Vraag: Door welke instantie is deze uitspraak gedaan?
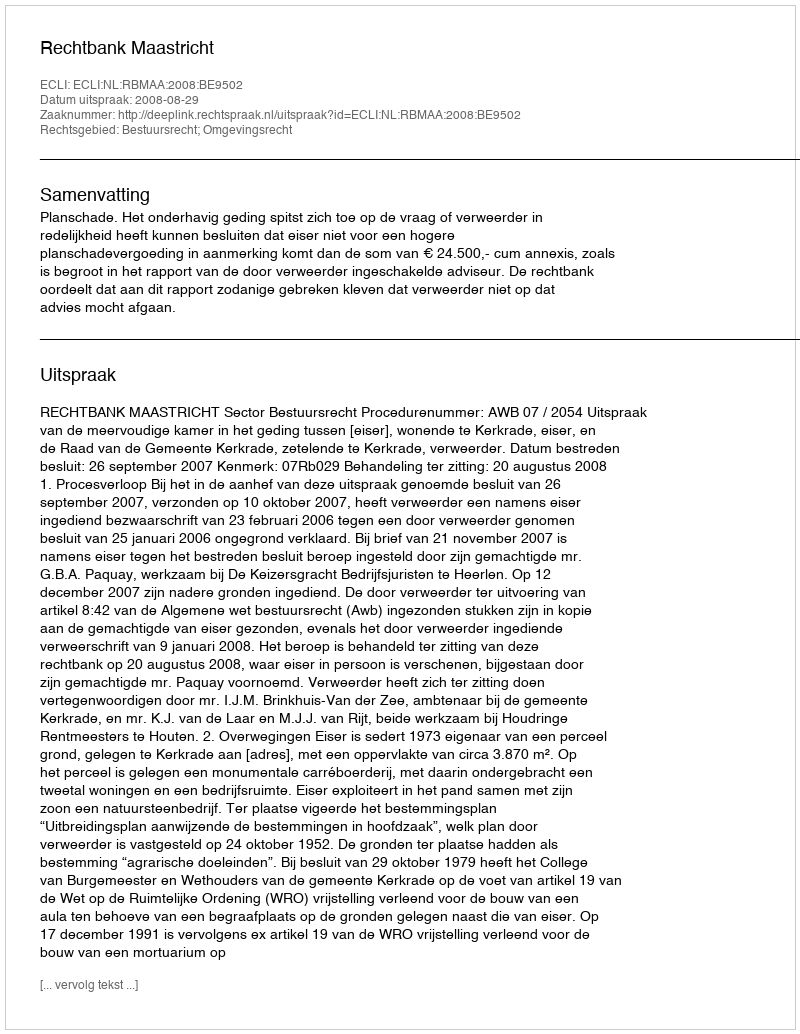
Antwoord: Rechtbank Maastricht